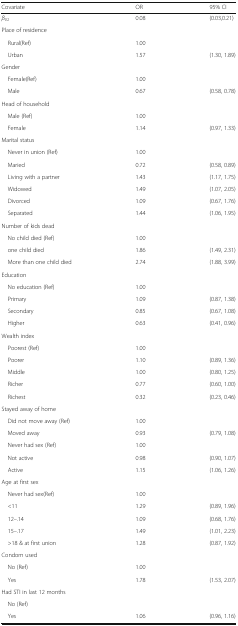
<table><thead><tr><td><b>Covariate</b></td><td><b>OR</b></td><td><b>95% CI</b></td></tr></thead><tbody><tr><td><i>β</i><sub>02</sub></td><td>0.08</td><td>(0.03,0.21)</td></tr><tr><td colspan="3">Place of residence</td></tr><tr><td> Rural(Ref)</td><td>1.00</td><td></td></tr><tr><td> Urban</td><td>1.57</td><td>(1.30, 1.89)</td></tr><tr><td colspan="3">Gender</td></tr><tr><td> Female(Ref)</td><td>1.00</td><td></td></tr><tr><td> Male</td><td>0.67</td><td>(0.58, 0.78)</td></tr><tr><td colspan="3">Head of household</td></tr><tr><td> Male (Ref)</td><td>1.00</td><td></td></tr><tr><td> Female</td><td>1.14</td><td>(0.97, 1.33)</td></tr><tr><td colspan="3">Marital status</td></tr><tr><td> Never in union (Ref)</td><td>1.00</td><td></td></tr><tr><td> Maried</td><td>0.72</td><td>(0.58, 0.89)</td></tr><tr><td> Living with a partner</td><td>1.43</td><td>(1.17, 1.75)</td></tr><tr><td> Widowed</td><td>1.49</td><td>(1.07, 2.05)</td></tr><tr><td> Divorced</td><td>1.09</td><td>(0.67, 1.76)</td></tr><tr><td> Separated</td><td>1.44</td><td>(1.06, 1.95)</td></tr><tr><td colspan="3">Number of kids dead</td></tr><tr><td> No child died (Ref)</td><td>1.00</td><td></td></tr><tr><td> one child died</td><td>1.86</td><td>(1.49, 2.31)</td></tr><tr><td> More than one child died</td><td>2.74</td><td>(1.88, 3.99)</td></tr><tr><td colspan="3">Education</td></tr><tr><td> No education (Ref)</td><td>1.00</td><td></td></tr><tr><td> Primary</td><td>1.09</td><td>(0.87, 1.38)</td></tr><tr><td> Secondary</td><td>0.85</td><td>(0.67, 1.08)</td></tr><tr><td> Higher</td><td>0.63</td><td>(0.41, 0.96)</td></tr><tr><td colspan="3">Wealth index</td></tr><tr><td> Poorest (Ref)</td><td>1.00</td><td></td></tr><tr><td> Poorer</td><td>1.10</td><td>(0.89, 1.36)</td></tr><tr><td> Middle</td><td>1.00</td><td>(0.80, 1.25)</td></tr><tr><td> Richer</td><td>0.77</td><td>(0.60, 1.00)</td></tr><tr><td> Richest</td><td>0.32</td><td>(0.23, 0.46)</td></tr><tr><td colspan="3">Stayed away of home</td></tr><tr><td> Did not move away (Ref)</td><td>1.00</td><td></td></tr><tr><td> Moved away</td><td>0.93</td><td>(0.79, 1.08)</td></tr><tr><td> Never had sex (Ref)</td><td>1.00</td><td></td></tr><tr><td> Not active</td><td>0.98</td><td>(0.90, 1.07)</td></tr><tr><td> Active</td><td>1.15</td><td>(1.06, 1.26)</td></tr><tr><td colspan="3">Age at first sex</td></tr><tr><td> Never had sex(Ref)</td><td>1.00</td><td></td></tr><tr><td> &lt;11</td><td>1.29</td><td>(0.89, 1.96)</td></tr><tr><td> 12–.14</td><td>1.09</td><td>(0.68, 1.76)</td></tr><tr><td> 15–.17</td><td>1.49</td><td>(1.01, 2.23)</td></tr><tr><td> &gt;18 &amp; at first union</td><td>1.28</td><td>(0.87, 1.92)</td></tr><tr><td colspan="3">Condom used</td></tr><tr><td> No (Ref)</td><td>1.00</td><td></td></tr><tr><td> Yes</td><td>1.78</td><td>(1.53, 2.07)</td></tr><tr><td colspan="3">Had STI in last 12 months</td></tr><tr><td> No (Ref)</td><td></td><td></td></tr><tr><td> Yes</td><td>1.06</td><td>(0.96, 1.16)</td></tr></tbody></table>